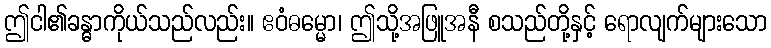
ဤငါ၏ခန္ဓာကိုယ်သည်လည်း။ ဧဝံဓမ္မော၊ ဤသို့အဖြူအနီ စသည်တို့နှင့် ရောလျက်များသော